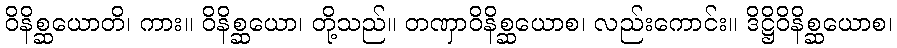
ဝိနိစ္ဆယောတိ၊ ကား။ ဝိနိစ္ဆယော၊ တို့သည်။ တဏှာဝိနိစ္ဆယောစ၊ လည်းကောင်း။ ဒိဋ္ဌိဝိနိစ္ဆယောစ၊